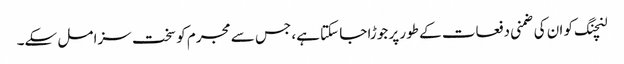
لنچنگ کو ان کی ضمنی دفعات کے طور پر جوڑا جا سکتا ہے، جس سے مجرم کو سخت سزا مل سکے۔